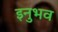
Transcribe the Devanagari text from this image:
इनुभव